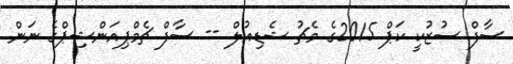
ސާފް ސުޒުކީ ކަޕް 2015ގެ މެޗު ޝެޑިއުލް -- ސާފް ޗެމްޕިއަންޝިޕްގެ ނަން